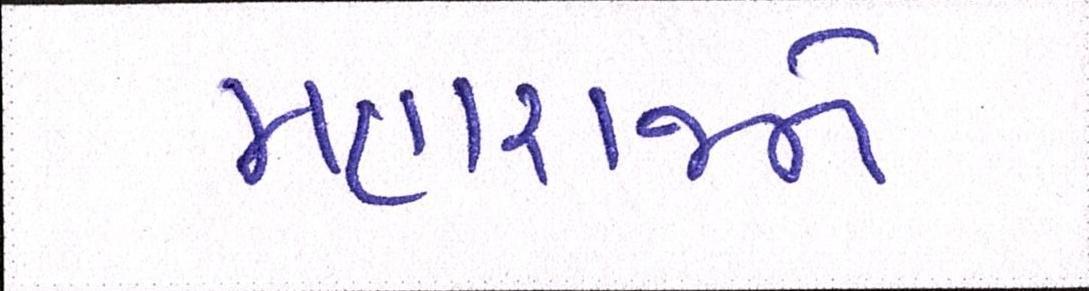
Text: મહારાજને